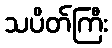
သပိတ်ကြီး